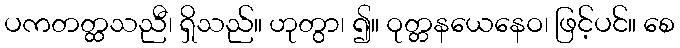
ပကတတ္ထသညီ၊ ရှိသည်။ ဟုတွာ၊ ၍။ ဝုတ္တနယေနေဝ၊ ဖြင့်ပင်။ စေ